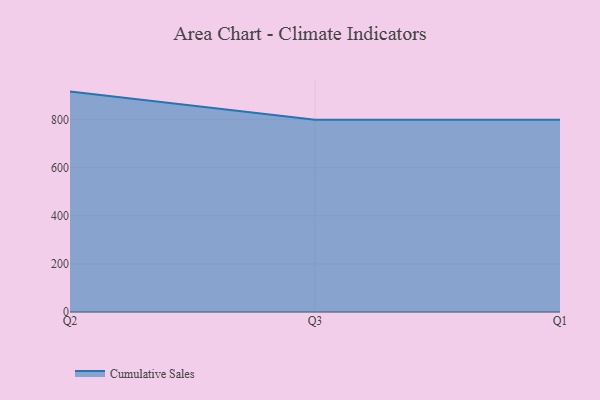
{"axis": {"x": "Quarter", "y": "Budget (USD K)"}, "legend": ["Cumulative Sales"], "data": [{"x": "Q2", "y": 916.7, "type": "Cumulative Sales"}, {"x": "Q3", "y": 800, "type": "Cumulative Sales"}, {"x": "Q1", "y": 800, "type": "Cumulative Sales"}]}